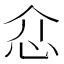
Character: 𢗊